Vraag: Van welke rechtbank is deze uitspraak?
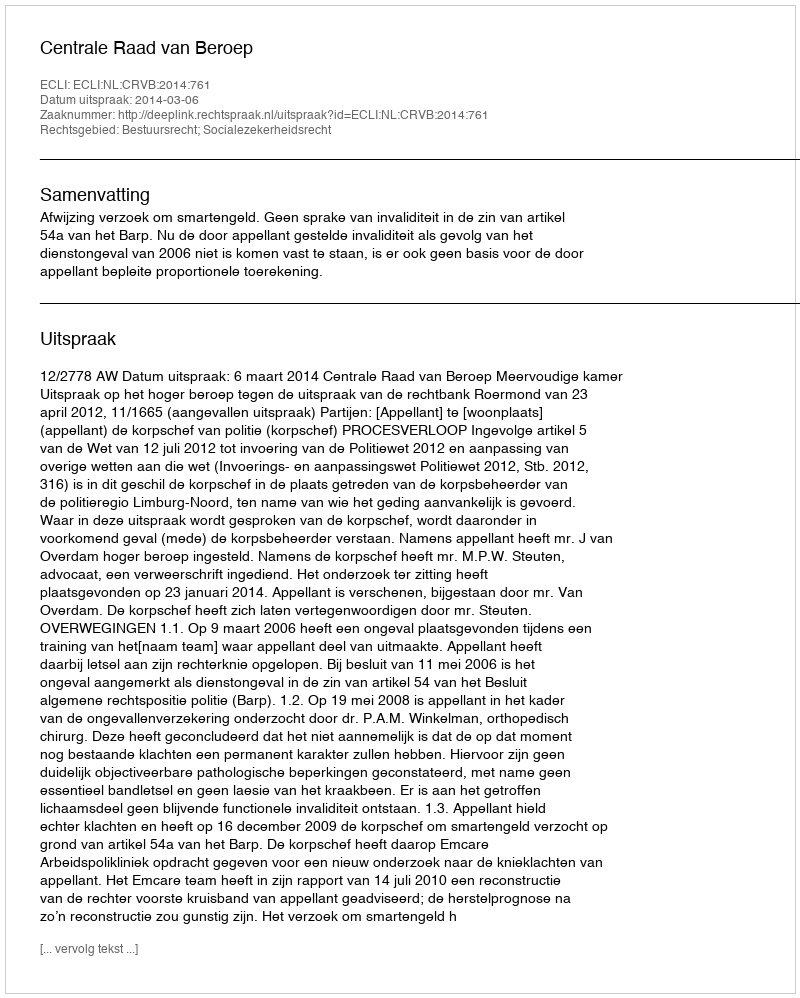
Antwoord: Centrale Raad van Beroep